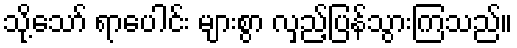
သို့သော် ရာပေါင်း များစွာ လှည့်ပြန်သွားကြသည်။